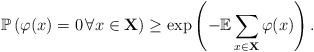
LaTeX: \begin{align*}\mathbb{P}\left( \varphi(x)=0\, \forall x\in \mathbf{X}\right) \geq \exp\left(-\mathbb{E}\sum_{x \in \mathbf{X}} \varphi(x)\right).\end{align*}